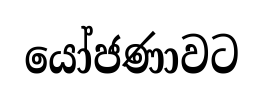
යෝජණාවට